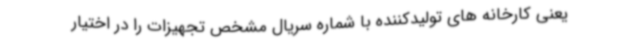
یعنی کارخانه های تولیدکننده با شماره سریال مشخص تجهیزات را در اختیار